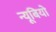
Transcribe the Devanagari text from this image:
न्यूबियो